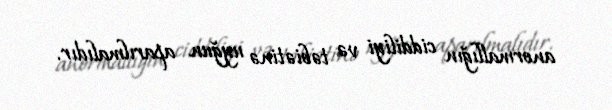
anormallığın ciddiliyi və təbiətinə uyğun aparılmalıdır.